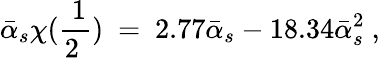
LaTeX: \bar{\alpha}_{s}\chi(\mathrm{\frac{~1}{2~}})\ =\ 2.77\bar{\alpha}_{s}-18.34\bar{\alpha}_{s}^{2}\ ,